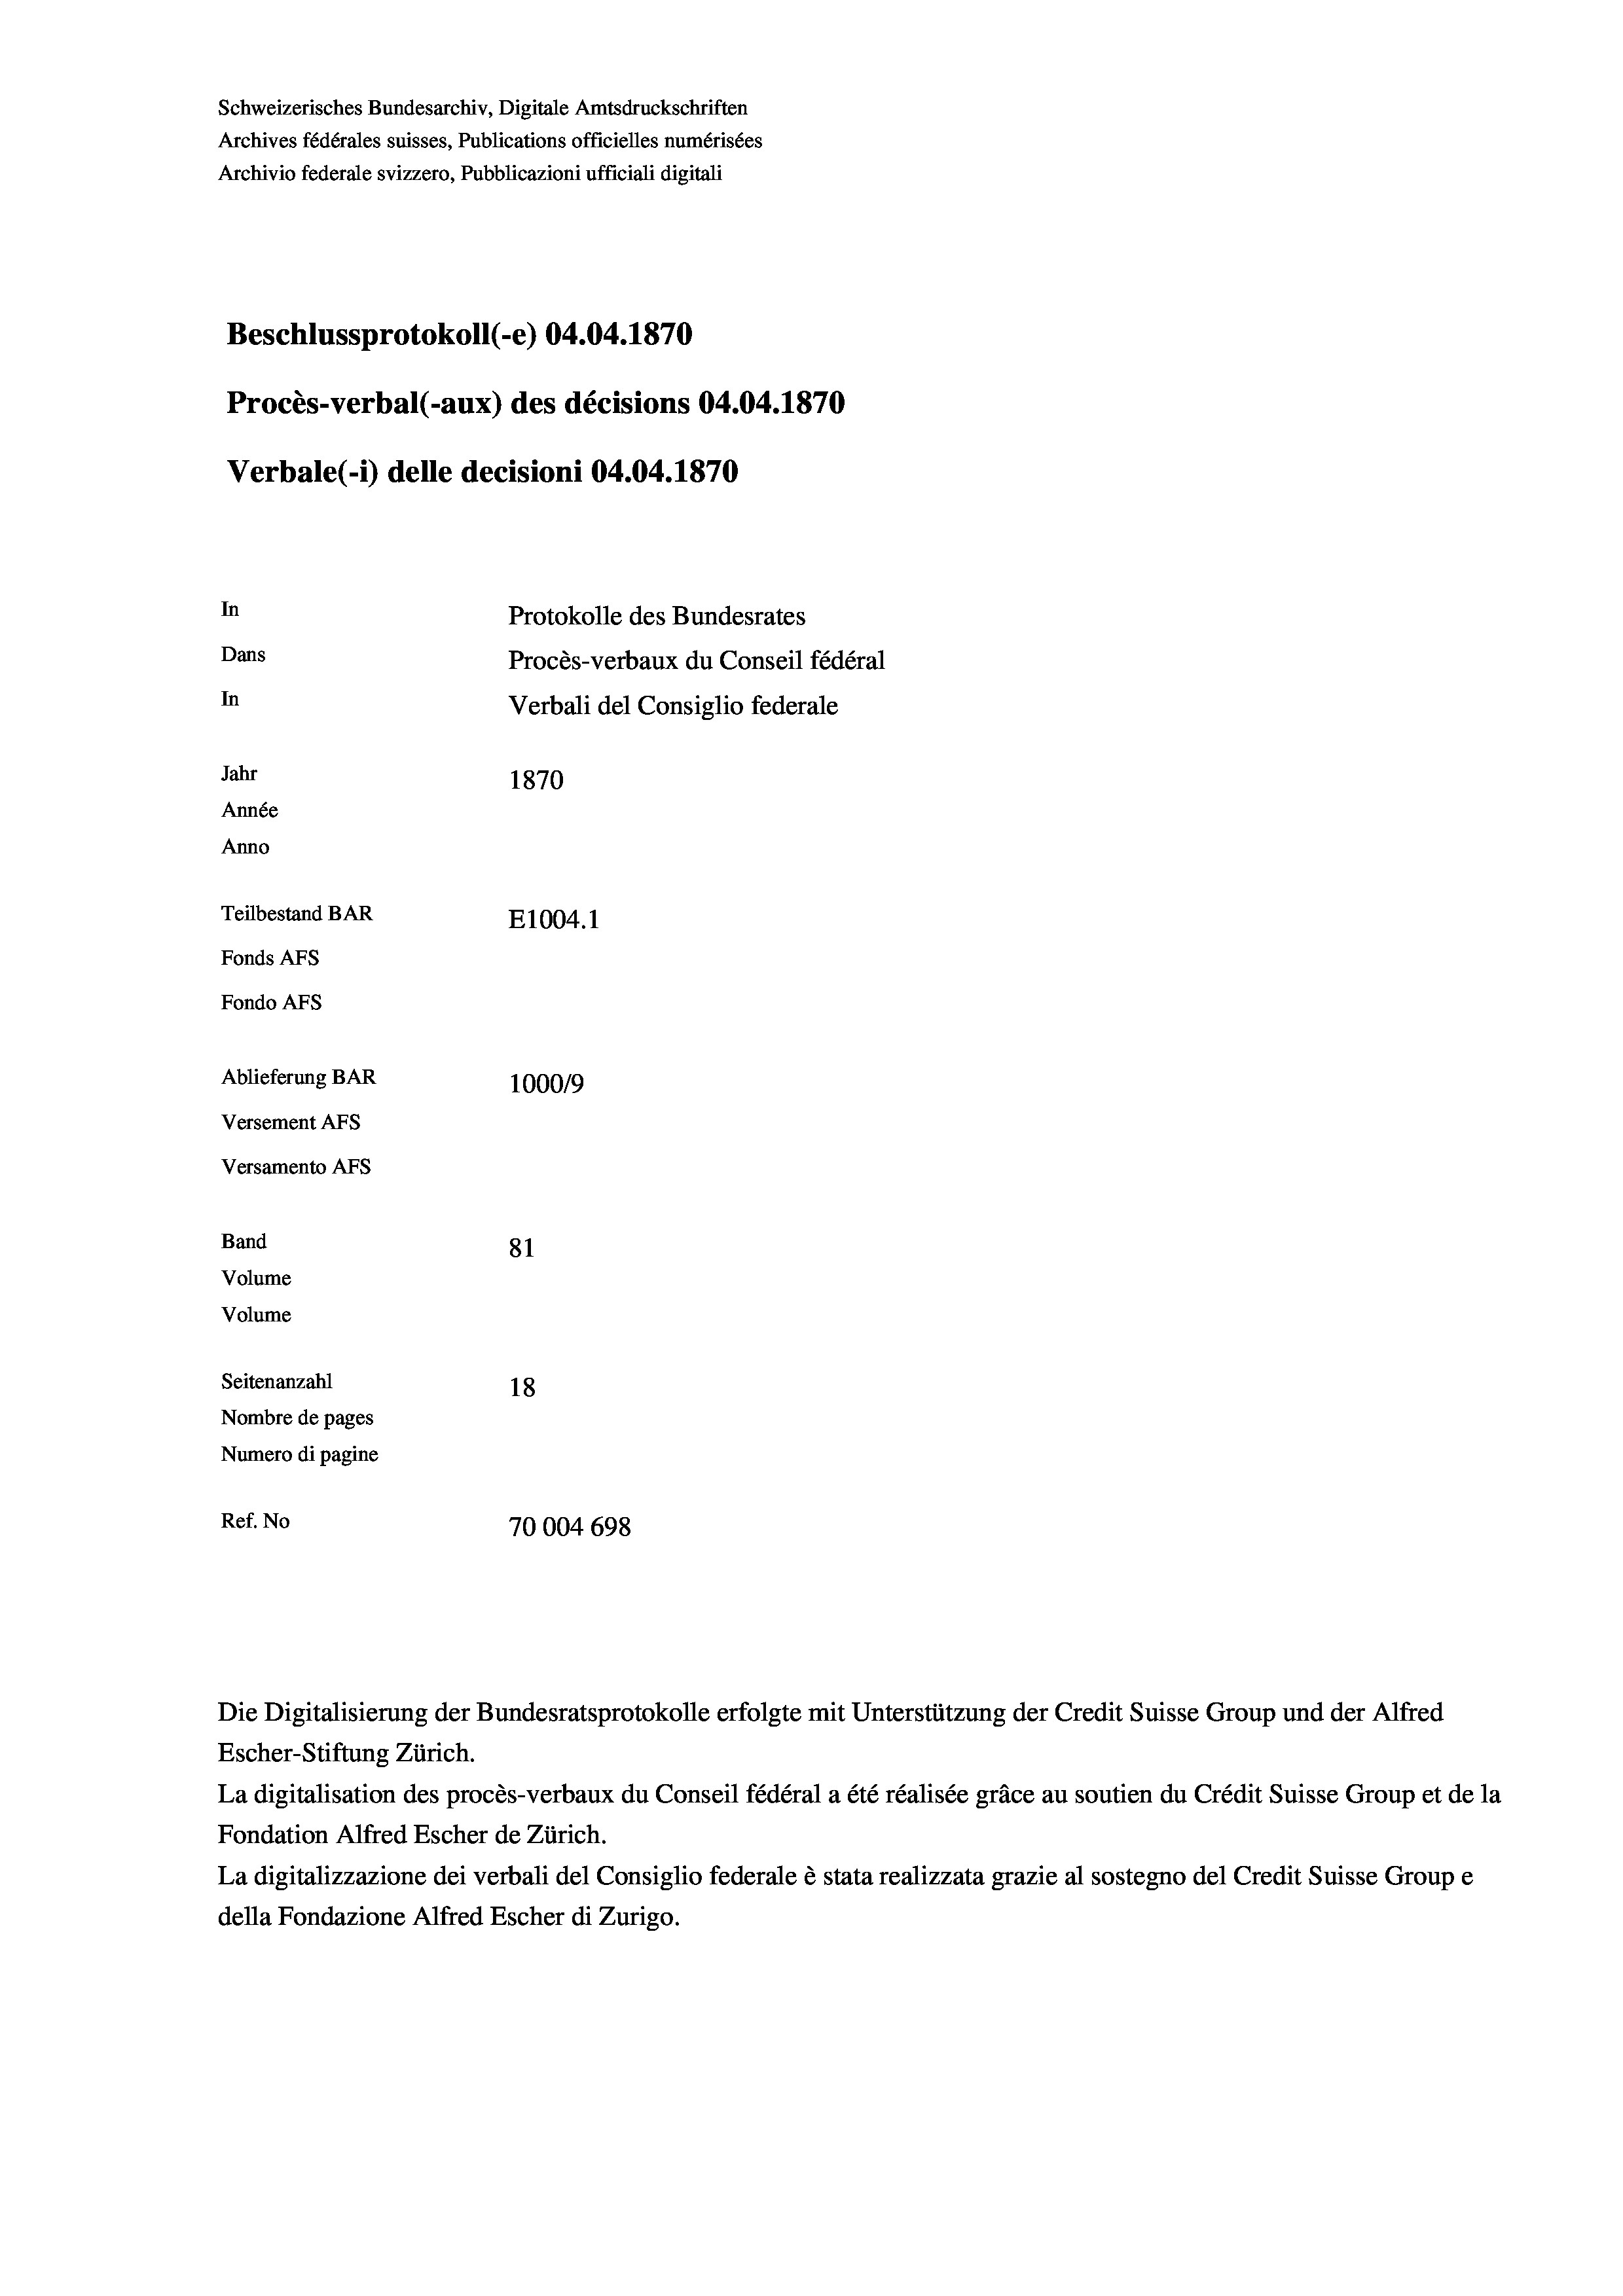
Schweizerisches Bundesarchiv, Digitale Amtsdruckschriften
Archives fédérales suisses, Publications officielles numérisées
Archivio federale svizzero, Pubblicazioni ufficiali digitali
Beschlussprotokoll (-e) 04.04. 1870
Procès-verbal (-aux) des décisions 04.04.1870
Verbale (i) delle decisioni 04.04. 1870
In
Protokolle des Bundesrates
Dans
Procès-verbaux du Conseil fédéral
In
Verbali del Consiglio federale
Jahr
1870
Année
Anno
Teilbestand BAR
E1004.1
Fonds Afs
Fondo AFs
Ablieferung BAR
1000/9
Versement Abs
Versamento Afs
Band
81
Volume
Volume
Seitenanzahl
18
Nombre de pages
Numero di pagine
Ref. No
70004 698

Escher-Stiftung Zürich.
La digitalisation des procès-verbaux du Conseil fédéral a été réalisée gräce au soutien du Crédit Suisse Group et de la
Fondation Alfred Escher de Zürich.
La digitalizzazione dei verbali del Consiglio federale è stata realizzata grazie al sostegno del Credit Suisse Groupe
della Fondazione Alfred Escher di Zurigo.

Die Digitalisierung der Bundesratsprotokolle erfolgte mit Unterstützung der Credit Suisse Group und der Alfred